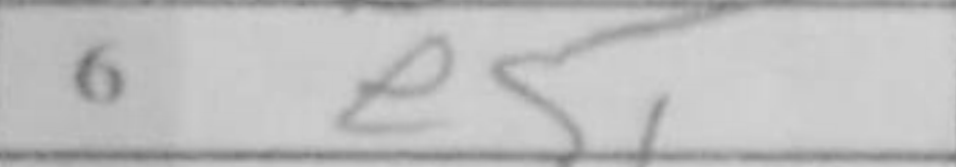
Transcription: e5